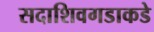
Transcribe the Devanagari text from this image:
सदाशिवगडाकडे